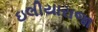
ઇલીયારાજા